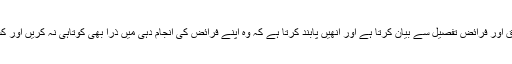
وہ تمام افرادِ خاندان کے حقوق اور فرائض تفصیل سے بیان کرتا ہے اور انھیں پابند کرتا ہے کہ وہ اپنے فرائض کی انجام دہی میں ذرا بھی کوتاہی نہ کریں اور کسی کا حق مارنے سے بچیں۔